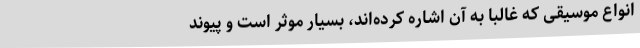
انواع موسیقی که غالبا به آن اشاره‌ کرده‌اند، بسیار موثر است و پیوند